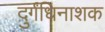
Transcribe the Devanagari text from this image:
दुर्गंधिनाशक